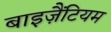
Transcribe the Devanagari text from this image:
बाइज़ैंटियम